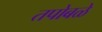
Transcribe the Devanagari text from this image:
तपोबळे